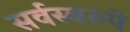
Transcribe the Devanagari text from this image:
सर्वस्वरुपे